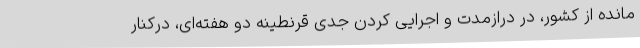
مانده از کشور، در درازمدت و اجرایی کردن جدی قرنطینه دو هفته‌ای، درکنار